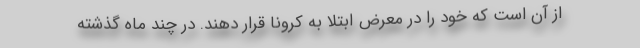
از آن است که خود را در معرض ابتلا به کرونا قرار دهند. در چند ماه گذشته